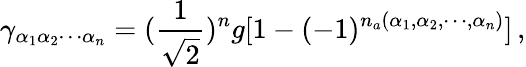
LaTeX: \gamma_{\alpha_{1}\alpha_{2}\cdots\alpha_{n}}=({\frac{1}{\sqrt 2}})^{n}g[1-(-1)^{n_{a}(\alpha_{1},\alpha_{2},\cdots,\alpha_{n})}]\, ,